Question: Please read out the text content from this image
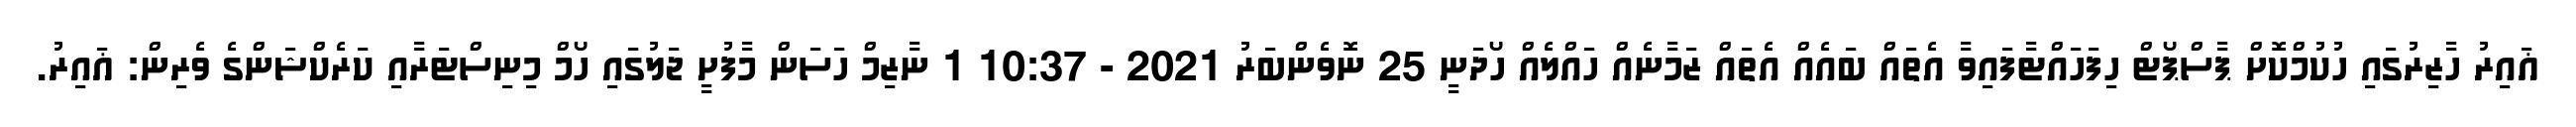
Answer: ޣައިރު ހާޒިރުގައި ހުކުމްކޮށް ޕާސްޕޯޓް ހިފަހައްޓާފައިވާ އެތައް ބައެއް އެތައް ޒަމާނެއް ހައްލެއް ހޯދަނީ 25 ނޮވެންބަރު 2021 - 10:37 1 ނާޒިމް ހަސަން މާފުށީ ޖަލުގައި ހޯމް މިނިސްޓަރާއި ކަރެކްޝަންގެ ވެރިން: ޣައިރު.